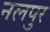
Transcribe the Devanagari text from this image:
नलपुर